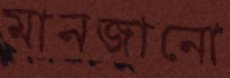
মানজানো